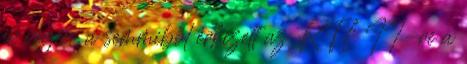
év végén, a semmiből érkezett az RTL II-re a